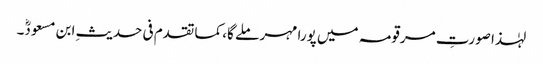
لہٰذا صورتِ مرقومہ میں پورا مہر ملے گا، کما تقدم فی حدیثِ ابن مسعودؓ۔